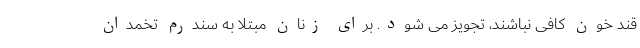
قند خون کافی نباشند، تجویز می شود. برای زنان مبتلا به سندرم تخمدان